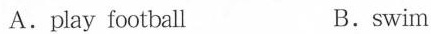
A.play football B.swim